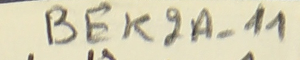
BEK2A-11